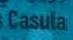
casula